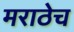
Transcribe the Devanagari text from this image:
मराठेच